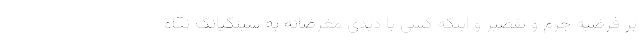
بر فرضیه جرم و تقصیر و اینکه کسی با دیدی مغرضانه به سینکیانگ نگاه